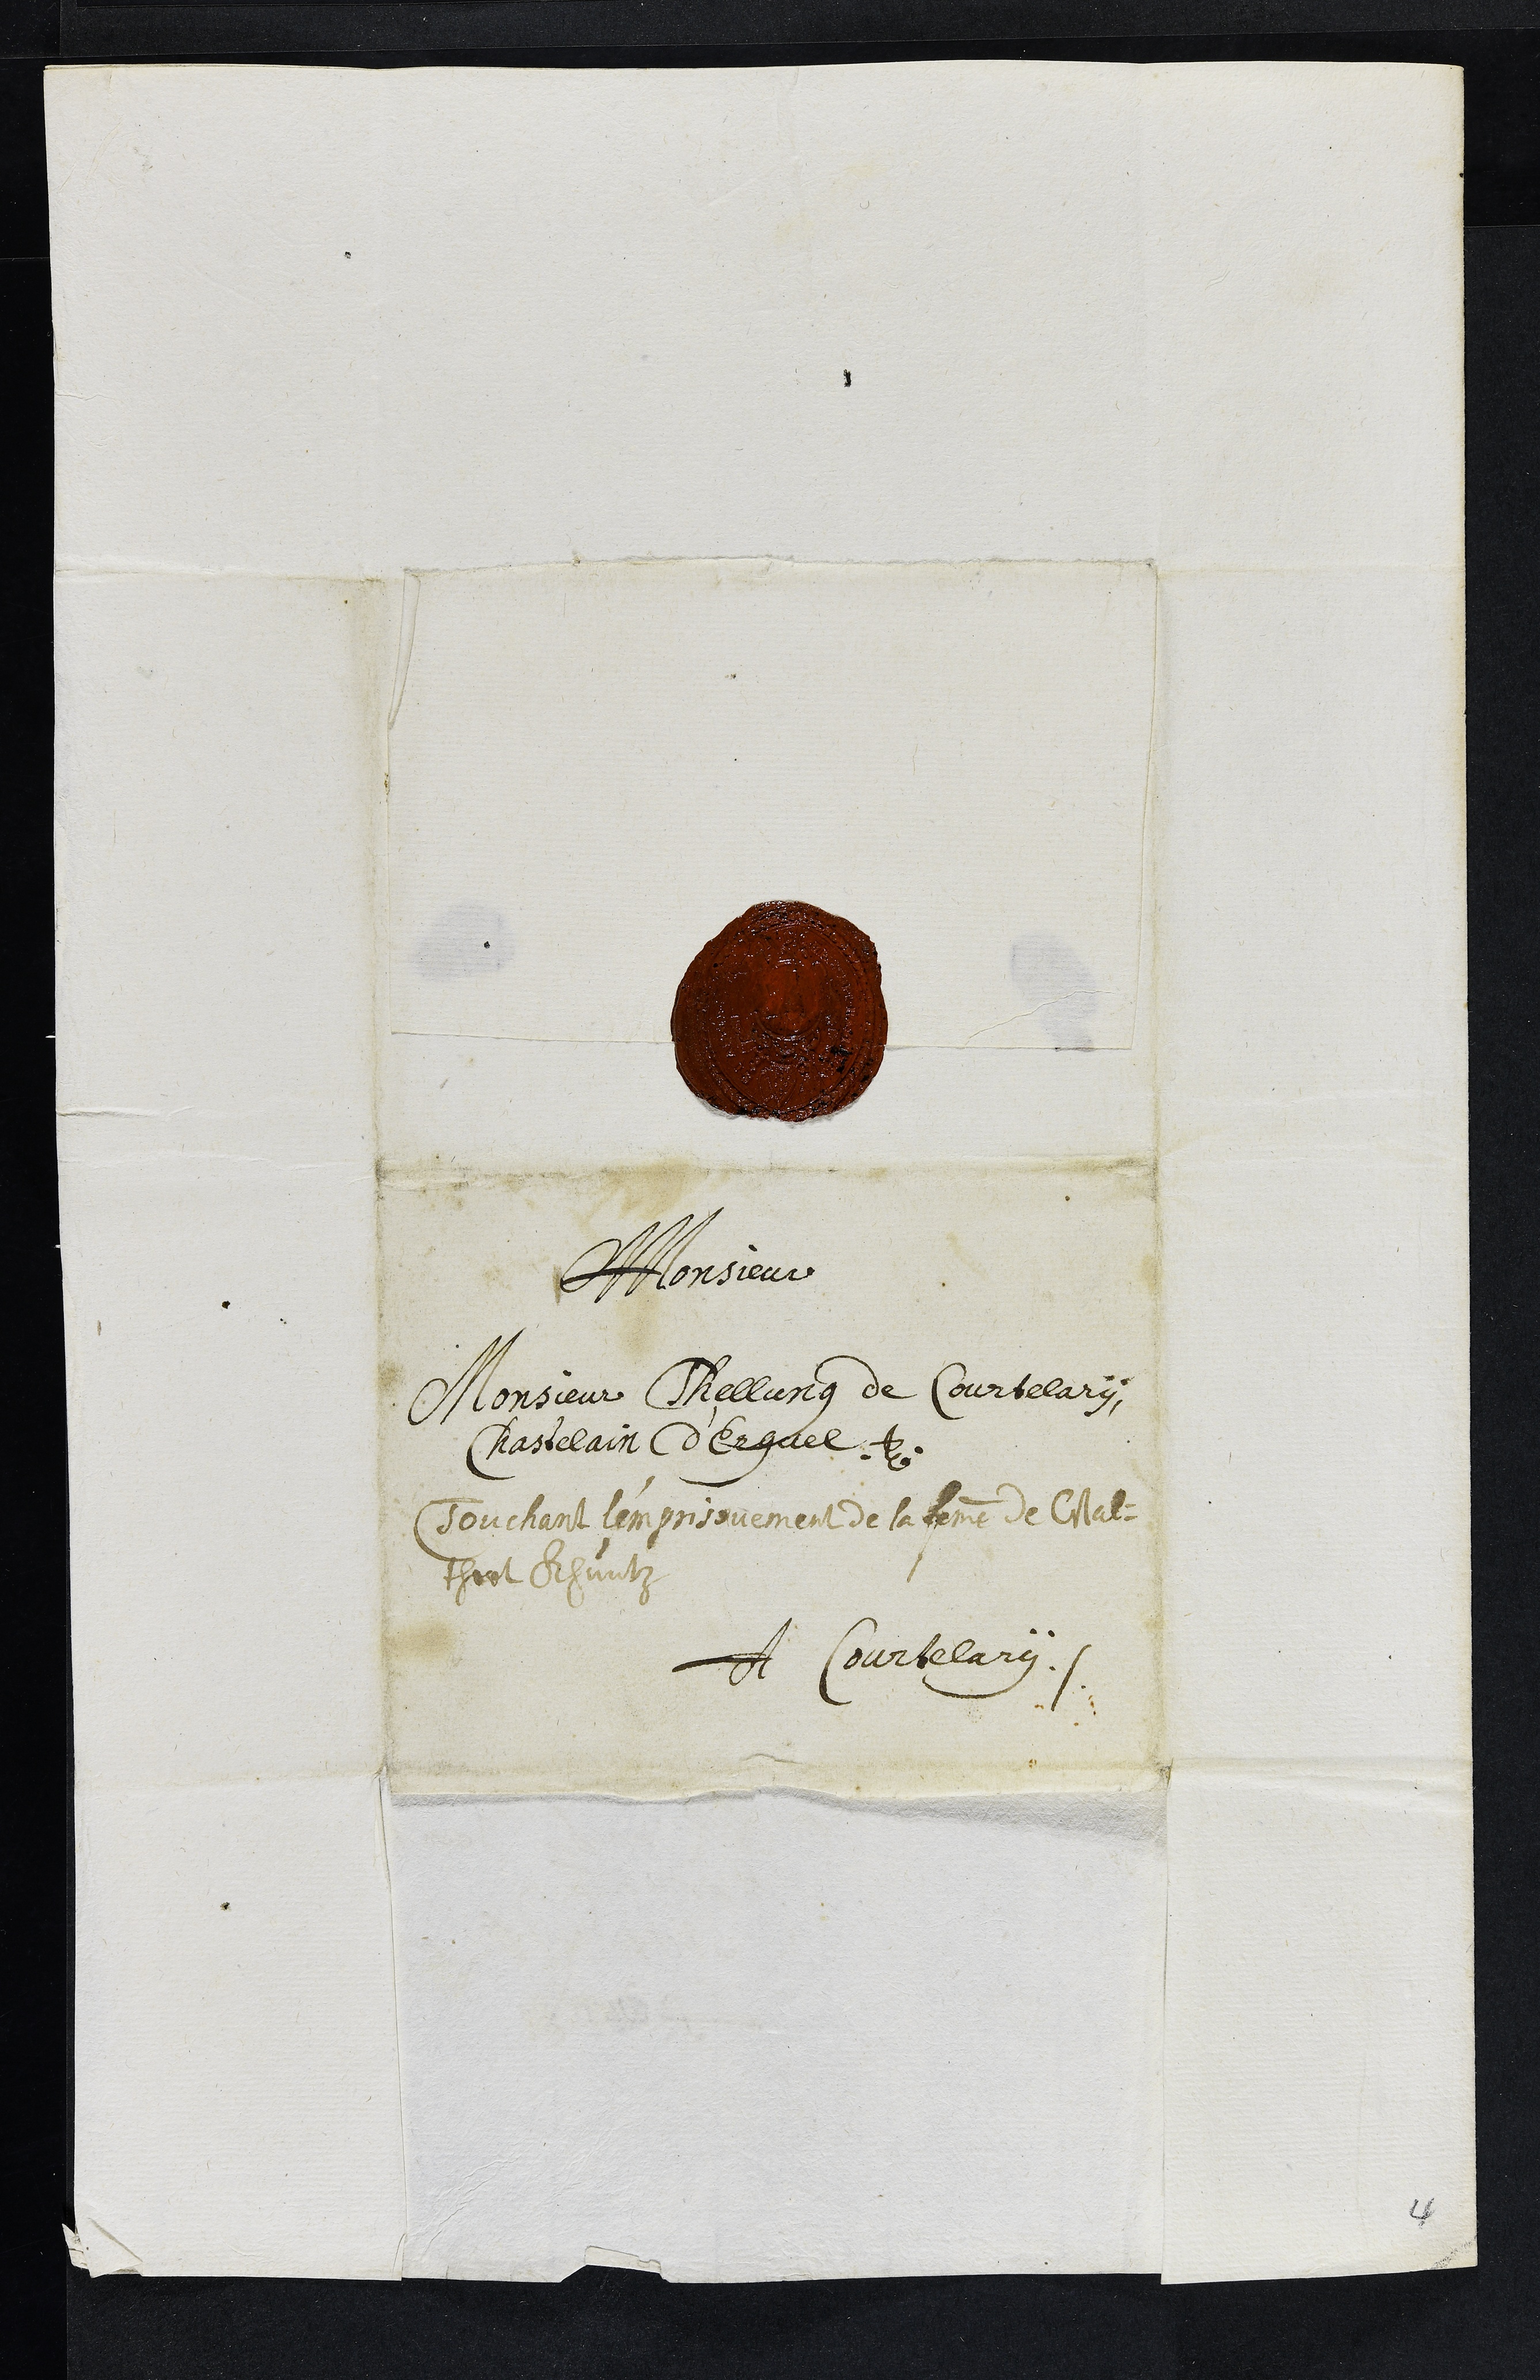
A Monsieur
Monsieur Thellung de Courtelary,
Chastelain d'Erguel
Touchant l'emprisonement de la femme de Wal¬
thert Khuntz
A Courtelary
4